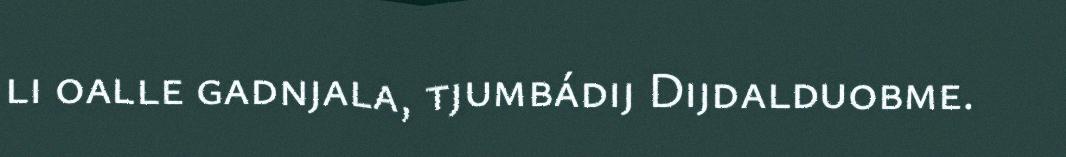
li oalle gadnjala, tjumbádij Dijdalduobme.